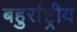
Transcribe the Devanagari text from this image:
बहुर्राष्ट्रीय